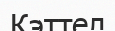
Кэттел